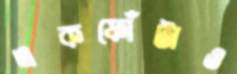
একফোঁটাও